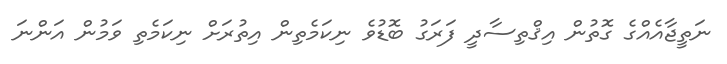
ނަތީޖާއެއްގެ ގޮތުން އިޤްތިސާދީ ފަރަގު ބޮޑުވެ ނިކަމެތިން އިތުރަށް ނިކަމެތި ވަމުން އަންނަ